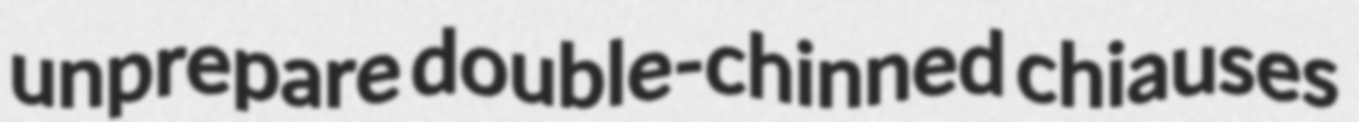
unprepare double-chinned chiauses